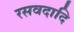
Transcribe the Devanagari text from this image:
रसवदादि